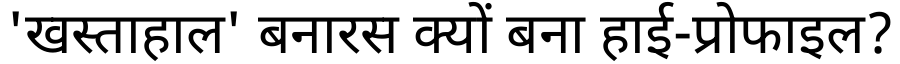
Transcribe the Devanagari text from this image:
'खस्ताहाल' बनारस क्यों बना हाई-प्रोफाइल?